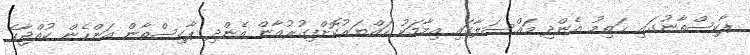
ޕާކިސްތާނުގައި ޚަތިމު އެންދި މައްސަލާގައި އިމާމަކު ހައްޔަރުކޮށްފިގުރުއާން އެންދި ޕާކިސްތާން އަންހެން ކުއްޖާގެ